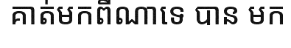
គាត់មកពីណាទេ បាន មក